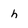
Character: h